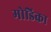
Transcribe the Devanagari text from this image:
मोडिका